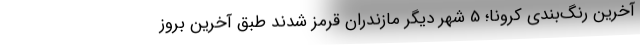
آخرین رنگ‌بندی کرونا؛ 5 شهر دیگر مازندران قرمز شدند طبق آخرین بروز